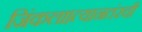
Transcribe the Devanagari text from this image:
जिंकला।त्यानतंरची